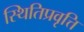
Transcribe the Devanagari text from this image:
स्थितिप्रवृत्ति